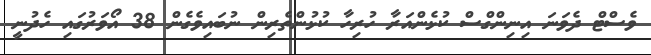
ވެސްޓް ދެވަނަ އިނިންގްސް ކުޅެންއަރާ ހުރިހާ ކުޅުންތެރިން ނުބައިވެގެން 38 އޯވަރުގައި ހެދުނީ